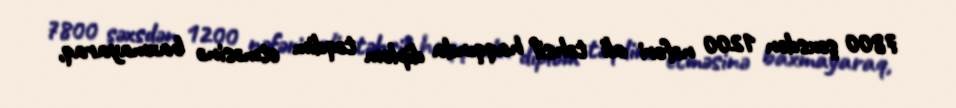
7800 şəxsdən 1200 nəfəri ali təhsil haqqında diplom təqdim etməsinə baxmayaraq,